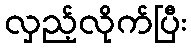
လှည့်လိုက်ပြီး